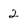
Character: 2